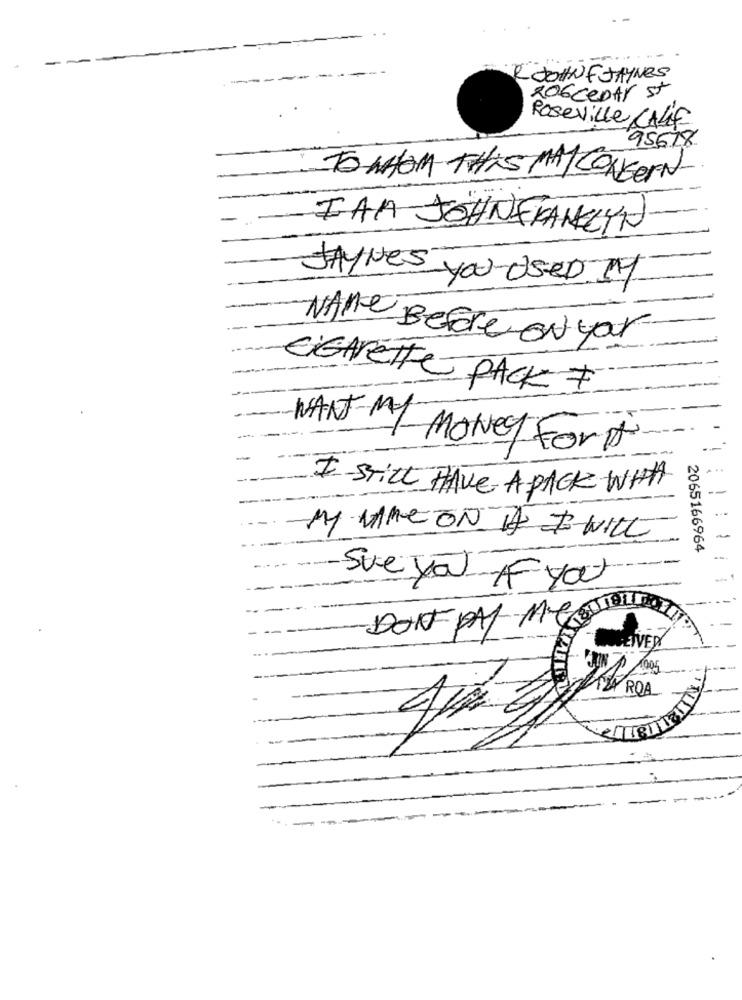
-
R JOHNFJAYNES
206ceDAY st
Roseville CALLE
95678
TO WHOM THIS MAY CONCERN
IAA JOHNFRANKLYN
JAYNes you Used It
NAME Before on yar
CIGARETTE PACK I
NANT ML MONEY For It
I -Still HAVE A PACK WHA
MY MME ON A I WILL
2065166964
Sue Jao -IF you
DON PAY Me
DEIVER
PROA
-
--
---